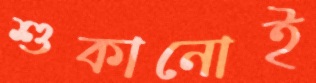
শুকানোই